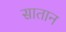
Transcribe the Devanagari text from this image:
सातान